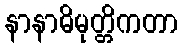
နာနာဓိမုတ္တိကတာ